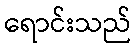
ရောင်းသည်